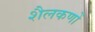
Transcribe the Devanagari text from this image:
शैलकणों